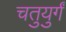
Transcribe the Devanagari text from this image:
चतुयुर्गं